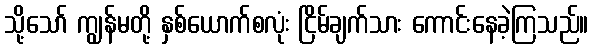
သို့သော် ကျွန်မတို့ နှစ်ယောက်စလုံး ငြိမ်ချက်သား ကောင်းနေခဲ့ကြသည်။